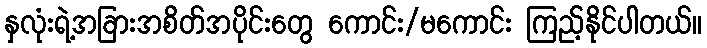
နှလုံးရဲ့အခြားအစိတ်အပိုင်းတွေ ကောင်း/မကောင်း ကြည့်နိုင်ပါတယ်။